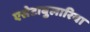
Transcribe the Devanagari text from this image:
एसेटाबुलारिया